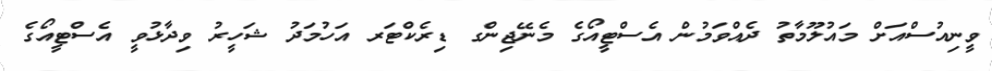
ވީނިއުސްއަށް މައުލޫމާތު ދެއްވަމުން އެސްޓީއޯގެ މެނޭޖިންގ ޑިރެކްޓަރ އަހުމަދު ޝަހީރު ވިދާޅުވީ އެސްޓީއޯގެ